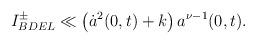
LaTeX: \begin{align*}I^{\pm}_{BDEL}\ll \left(\dot{a}^2(0,t)+k\right)a^{\nu-1}(0,t).\end{align*}